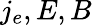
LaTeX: j_{e},E,B